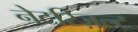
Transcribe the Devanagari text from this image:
नेटरिज़ल्ट